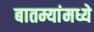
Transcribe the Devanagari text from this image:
बातम्यांमध्ये